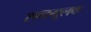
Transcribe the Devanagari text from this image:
शब्दमूलक